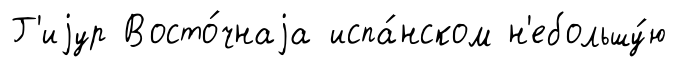
Г'иjур Восто́чнаjа испа́нском н'ебольшу́ю